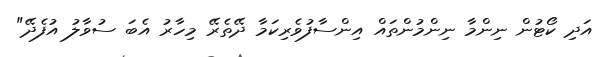
އަދި ކޯޓުން ނިންމާ ނިންމުންތައް އިންސާފުވެރިކަމާ ދޭތެރޭ މިހާރު އެބަ ސުވާލު އުފެދޭ"